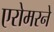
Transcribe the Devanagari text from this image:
एरोमरने